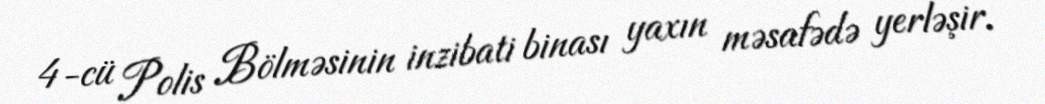
4-cü Polis Bölməsinin inzibati binası yaxın məsafədə yerləşir.